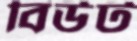
বিউট